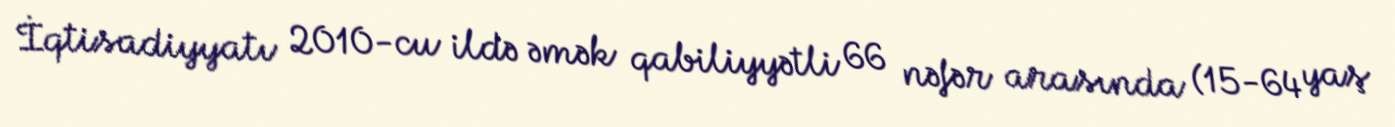
İqtisadiyyatı 2010-cu ildə əmək qabiliyyətli 66 nəfər arasında (15-64 yaş